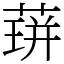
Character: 䔊